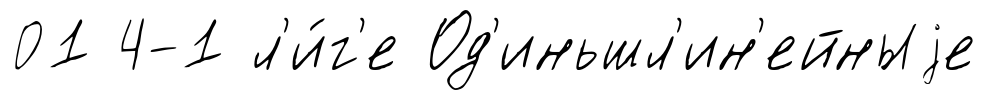
01 4-1 л'и́г'е Од'иньшл'ин'ейныjе